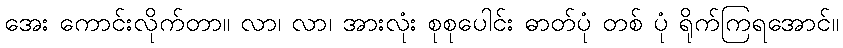
အေး ကောင်းလိုက်တာ။ လာ၊ လာ၊ အားလုံး စုစုပေါင်း ဓာတ်ပုံ တစ် ပုံ ရိုက်ကြရအောင်။